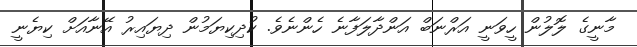
މާނީގެ ލޮލުން ހީވަނީ އަރްނަބް އަންދާލަފާނެ ހެންނެވެ. ކުދިކިޔަމުން ދިޔައިރު އޭނާއަށް ކިޔެނީ